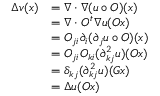
\begin{array} { r l } { \Delta v ( x ) } & { = \nabla \cdot \nabla ( u \circ O ) ( x ) } \\ & { = \nabla \cdot O ^ { t } \nabla u ( O x ) } \\ & { = O _ { j i } \partial _ { i } ( \partial _ { j } u \circ O ) ( x ) } \\ & { = O _ { j i } O _ { k i } ( \partial _ { k j } ^ { 2 } u ) ( O x ) } \\ & { = \delta _ { k j } ( \partial _ { k j } ^ { 2 } u ) ( G x ) } \\ & { = \Delta u ( O x ) } \end{array}